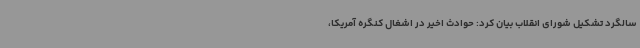
سالگرد تشکیل شورای انقلاب بیان کرد: حوادث اخیر در اشغال کنگره آمریکا،